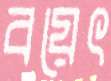
বয়েৎ